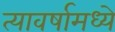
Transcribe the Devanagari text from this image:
त्यावर्षामध्ये